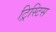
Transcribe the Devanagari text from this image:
ट्रिस्टिस